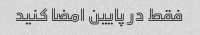
فقط در پایین امضا کنید